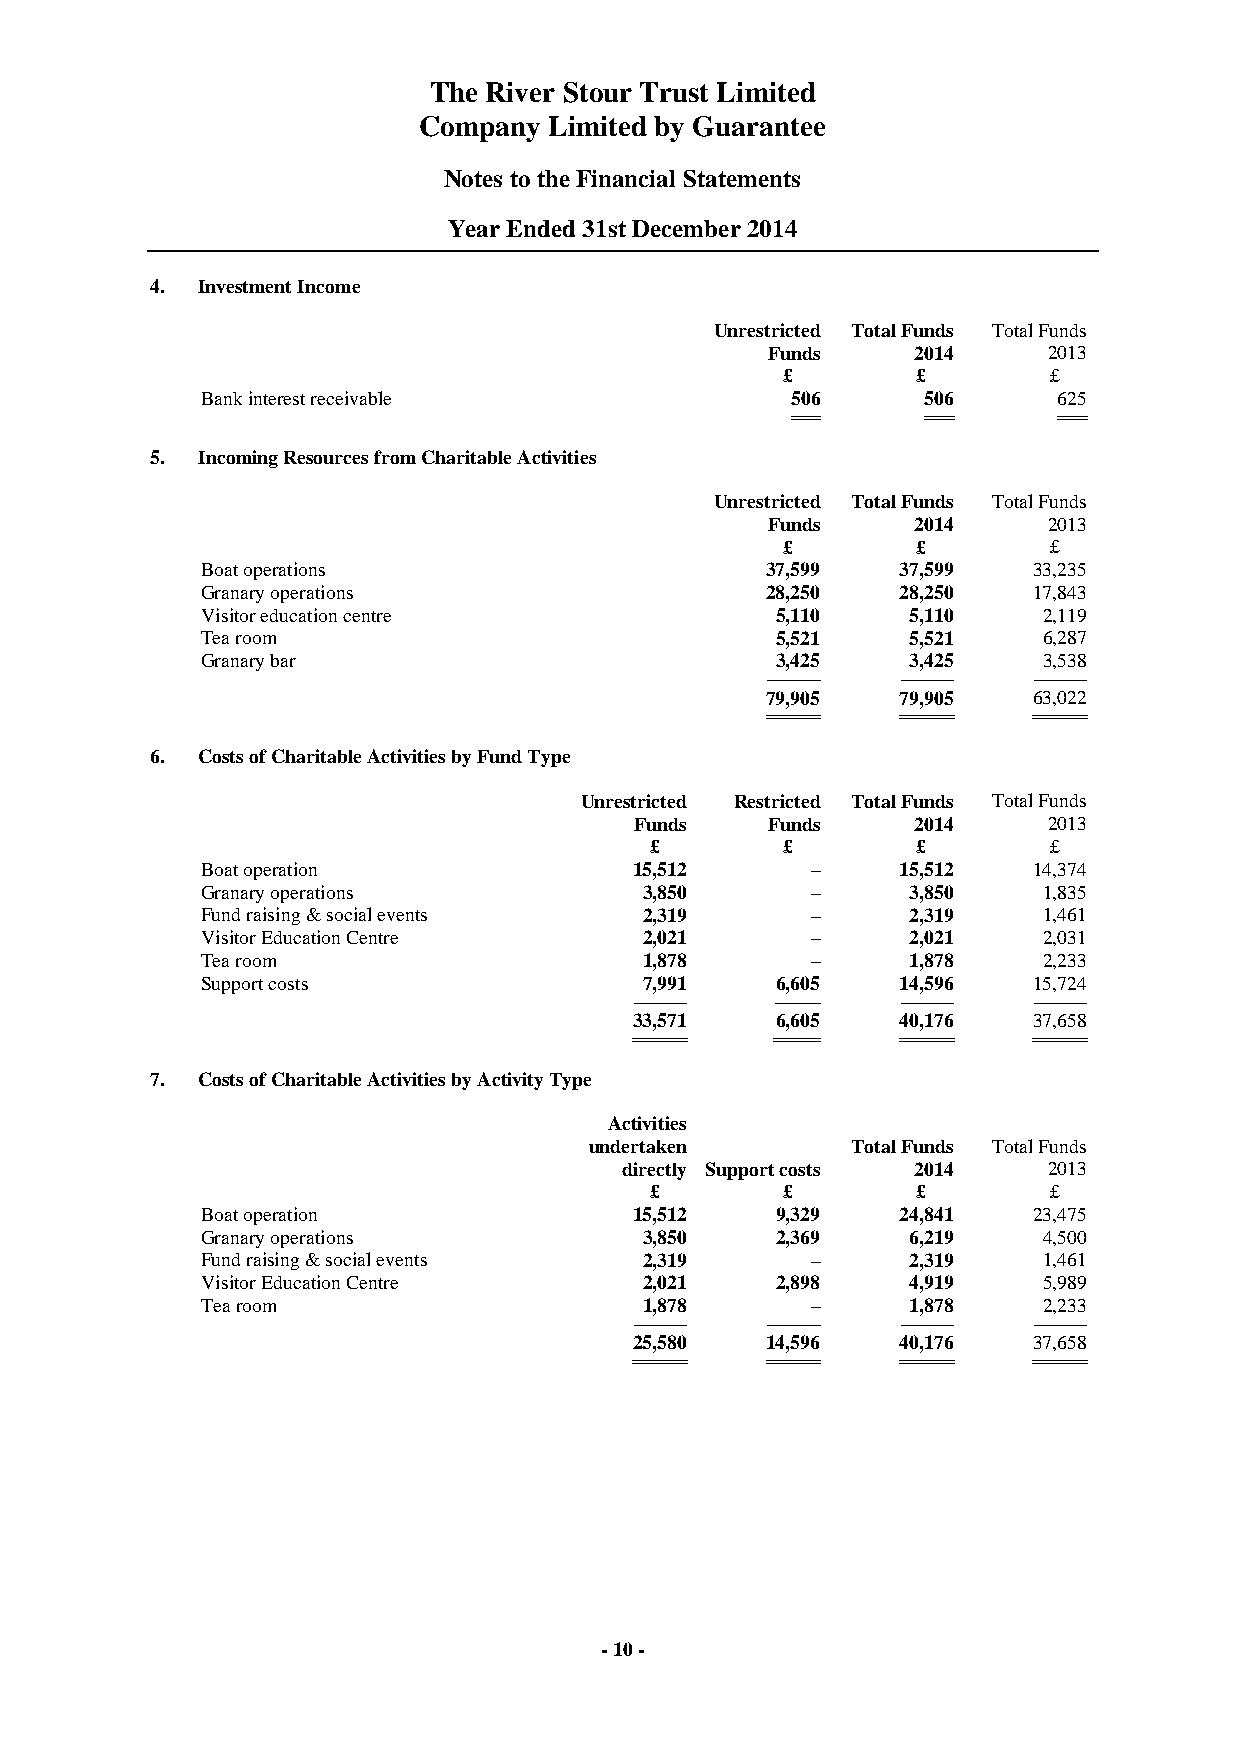
The River Stour Trust Limited
 Company Limited by Guarantee
 Notes to the Financial Statements
 Year Ended 31st December 2014
 4. Investment Income
 Unrestricted Total Funds Total Funds
 Funds    2014     2013
 £        £       £
 Bank interest receivable               506      506      625
 ============= ============= =============
 5. Incoming Resources from Charitable Activities
 Unrestricted Total Funds Total Funds
 Funds    2014     2013
 £        £       £
 Boat operations                       37,599  37,599   33,235
 Granary operations                    28,250  28,250   17,843
 Visitor education centre              5,110    5,110    2,119
 Tea room                              5,521    5,521    6,287
 Granary bar                           3,425    3,425    3,538
 -------------------------- -------------------------- --------------------------
 79,905  79,905   63,022
 ========================== ========================== ==========================
 6. Costs of Charitable Activities by Fund Type
 Unrestricted Restricted Total Funds Total Funds
 Funds    Funds    2014     2013
 £        £        £       £
 Boat operation               15,512      –    15,512   14,374
 Granary operations            3,850      –     3,850    1,835
 Fund raising & social events  2,319      –     2,319    1,461
 Visitor Education Centre      2,021      –     2,021    2,031
 Tea room                      1,878      –     1,878    2,233
 Support costs                 7,991   6,605   14,596   15,724
 -------------------------- ---------------------- -------------------------- --------------------------
 33,571   6,605   40,176   37,658
 ========================== ====================== ========================== ==========================
 7. Costs of Charitable Activities by Activity Type
 Activities
 undertaken       Total Funds Total Funds
 directly Support costs 2014 2013
 £        £        £       £
 Boat operation               15,512   9,329   24,841   23,475
 Granary operations            3,850   2,369    6,219    4,500
 Fund raising & social events  2,319      –     2,319    1,461
 Visitor Education Centre      2,021   2,898    4,919    5,989
 Tea room                      1,878      –     1,878    2,233
 -------------------------- -------------------------- -------------------------- --------------------------
 25,580   14,596  40,176   37,658
 ========================== ========================== ========================== ==========================
 - 10 -